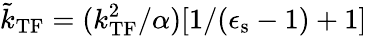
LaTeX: \tilde{k}_{\mathrm{TF}}=(k_{\mathrm{TF}}^{2}/\alpha)[1/(\epsilon_{\mathrm{s}}-1)+1]